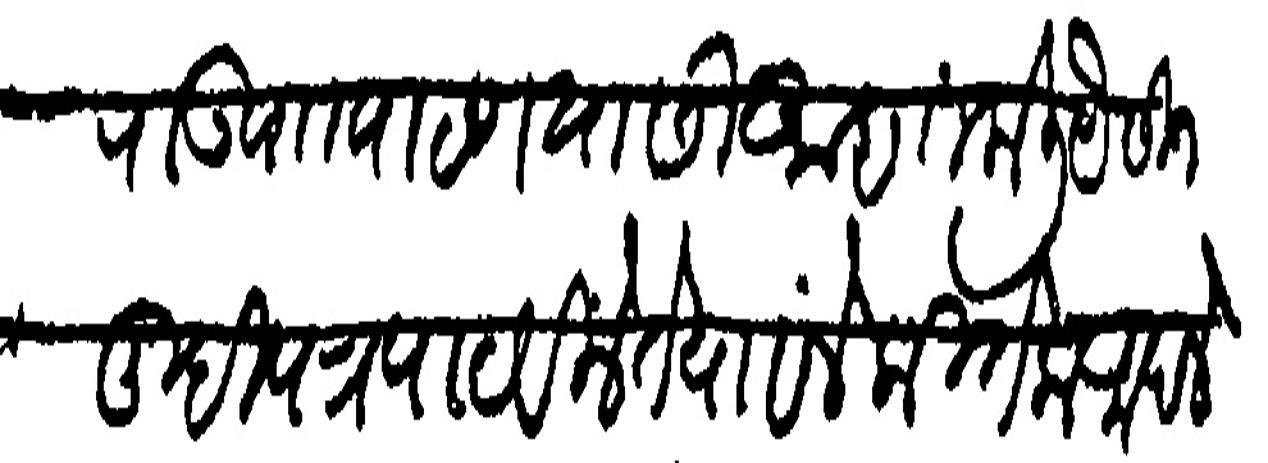
Transliteration (Devanagari): चांदजीराऊ पाा पाटणकर यांसी आज्ञा केली यैसीजे तुम्ही पत्र पाठवीले ते पावले कितेक आपले